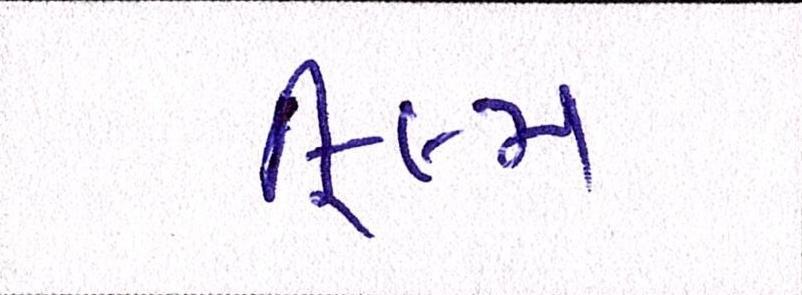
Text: ફિલ્મ